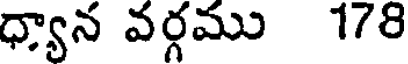
ధ్యాన వర్గము 178